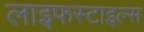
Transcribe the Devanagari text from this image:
लाइफस्टाइल्स